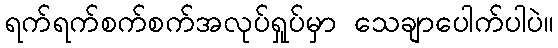
ရက်ရက်စက်စက်အလုပ်ရှုပ်မှာ သေချာပေါက်ပါပဲ။